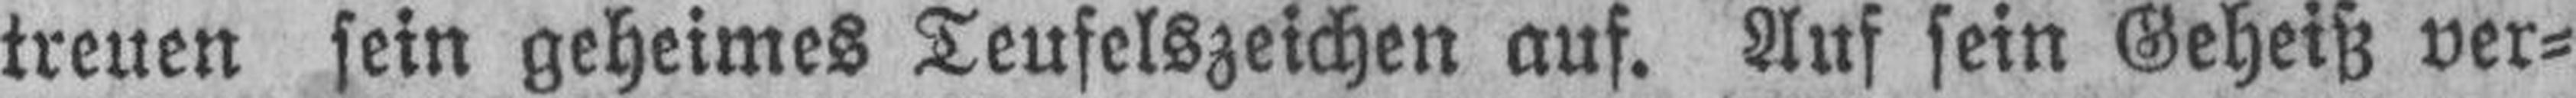
treuen sein geheimes Teufelszeichen auf. Auf sein Geheiß ver¬